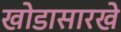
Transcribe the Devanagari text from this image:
खोडासारखे